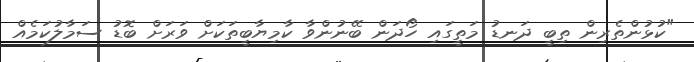
"ކުޅުންތެރިން ތިބީ ދަނޑު މަތީގައި ހޯދަން ބޭނުންވާ ކާމިޔާބީތަކަށް ވަރަށް ބޮޑު ސަމާލުކަމެއް